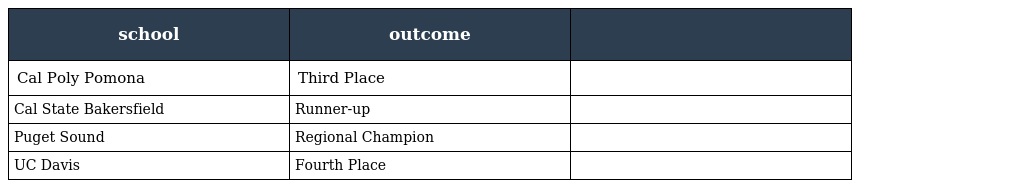
| school | outcome |  |
 | --- | --- | --- |
 | Cal Poly Pomona | Third Place |  |
 | Cal State Bakersfield | Runner-up |  |
 | Puget Sound | Regional Champion |  |
 | UC Davis | Fourth Place |  |